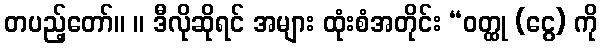
တပည့်တော်။ ။ ဒီလိုဆိုရင် အများ ထုံးစံအတိုင်း “ဝတ္ထု (ငွေ) ကို